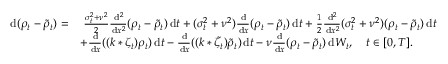
\begin{array} { r l } { \, \mathrm { d } ( \rho _ { t } - \tilde { \rho } _ { t } ) = } & { \; \frac { \sigma _ { t } ^ { 2 } + \nu ^ { 2 } } { 2 } \frac { \, \mathrm { d } ^ { 2 } } { \, \mathrm { d } x ^ { 2 } } ( \rho _ { t } - \tilde { \rho } _ { t } ) \, \mathrm { d } t + ( \sigma _ { t } ^ { 2 } + \nu ^ { 2 } ) \frac { \, \mathrm { d } } { \, \mathrm { d } x } ( \rho _ { t } - \tilde { \rho } _ { t } ) \, \mathrm { d } t + \frac { 1 } { 2 } \frac { \, \mathrm { d } ^ { 2 } } { \, \mathrm { d } x ^ { 2 } } ( \sigma _ { t } ^ { 2 } + \nu ^ { 2 } ) ( \rho _ { t } - \tilde { \rho } _ { t } ) \, \mathrm { d } t } \\ & { + \frac { \, \mathrm { d } } { \, \mathrm { d } x } ( ( k * \zeta _ { t } ) \rho _ { t } ) \, \mathrm { d } t - \frac { \, \mathrm { d } } { \, \mathrm { d } x } ( ( k * \tilde { \zeta _ { t } } ) \tilde { \rho } _ { t } ) \, \mathrm { d } t - \nu \frac { \, \mathrm { d } } { \, \mathrm { d } x } ( \rho _ { t } - \tilde { \rho } _ { t } ) \, \mathrm { d } W _ { t } , \quad t \in [ 0 , T ] . } \end{array}